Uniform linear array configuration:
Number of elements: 24
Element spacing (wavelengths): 0.25
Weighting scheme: binomial
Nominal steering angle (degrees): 60
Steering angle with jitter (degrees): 60.136
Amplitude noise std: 0.05
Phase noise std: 0.05

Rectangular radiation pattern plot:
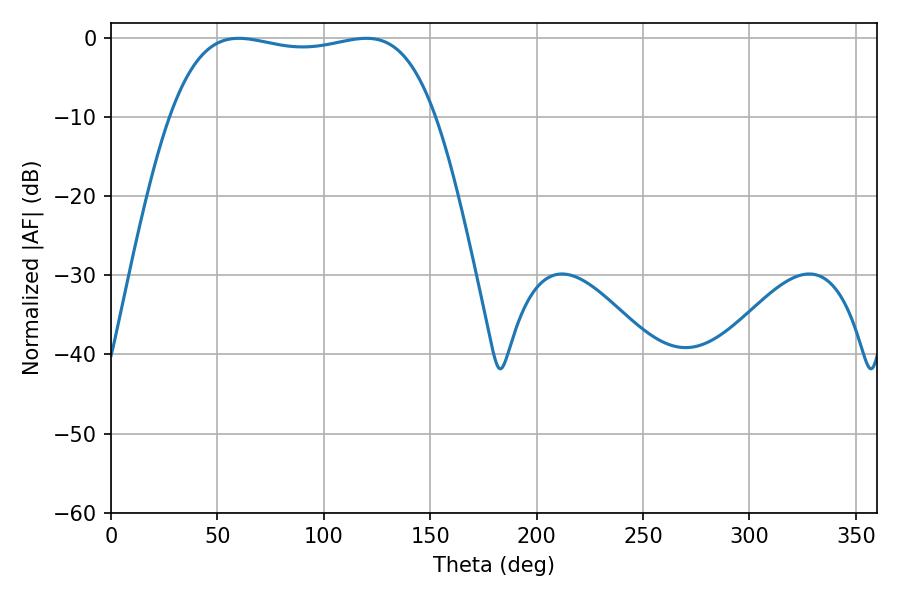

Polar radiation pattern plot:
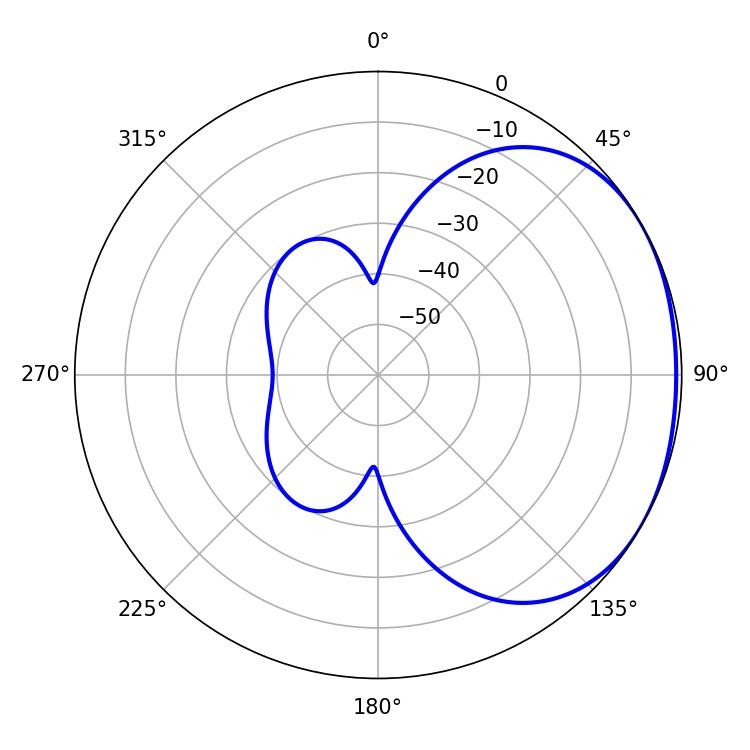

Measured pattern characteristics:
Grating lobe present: FALSE
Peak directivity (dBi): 1.559
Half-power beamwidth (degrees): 99.72
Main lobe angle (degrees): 59.94